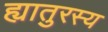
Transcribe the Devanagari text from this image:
ह्यातुरस्य